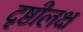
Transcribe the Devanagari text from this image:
दृष्टीलक्ष